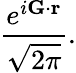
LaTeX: \frac{e^{i\mathbf{G}\cdot\mathbf{r}}}{\sqrt{2\pi}}.